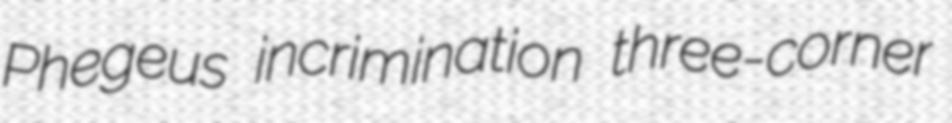
Phegeus incrimination three-corner